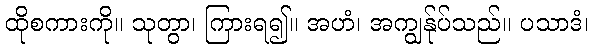
ထိုစကားကို။ သုတွာ၊ ကြားရ၍။ အဟံ၊ အကျွန်ုပ်သည်။ ပသာဒံ၊